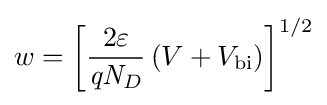
w={\left\lbrack {\frac {2\varepsilon }{{\mathit {q}}{\mathit {N}}_{D}}}\left(V+{V}_{\text{bi}}\right)\right\rbrack }^{1/2}